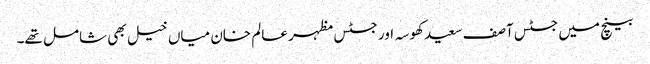
بینچ میں جسٹس آصف سعید کھوسہ اور جسٹس مظہر عالم خان میاں خیل بھی شامل تھے۔